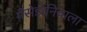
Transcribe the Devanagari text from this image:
मॅसेडोनियाला